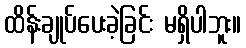
ထိန်းချုပ်ပေးခဲ့ခြင်း မရှိပါဘူး။